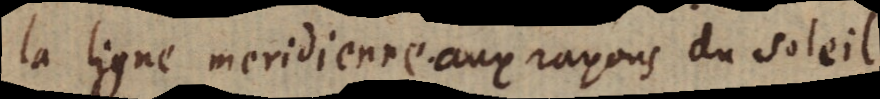
la ligne meridienne aux rayons du soleil